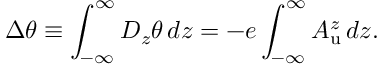
\Delta \theta \equiv \int _ { - \infty } ^ { \infty } D _ { z } \theta \, d z = - e \int _ { - \infty } ^ { \infty } A _ { \mathrm { u } } ^ { z } \, d z .